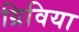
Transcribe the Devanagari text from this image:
ग्रिविया